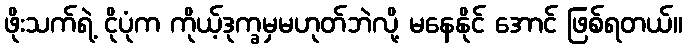
ဖိုးသက်ရဲ့ ငိုပုံက ကိုယ့်ဒုက္ခမှမဟုတ်ဘဲလို့ မနေနိုင် အောင် ဖြစ်ရတယ်။